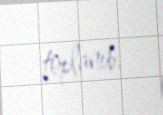
toplanıb.